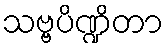
သဗ္ဗပိဏ္ဍိတာ